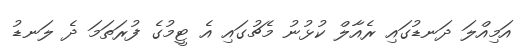
އަމިއްލަ ދަނޑުގައި ރެއާލް ކުޅުނު މެޗުގައި އެ ޓީމުގެ ފުރަތަމަ ދެ ލަނޑު